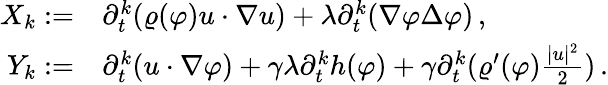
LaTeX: \begin{array}{rl}{X_{k}:=}&{\partial_{t}^{k}(\varrho(\varphi)u\cdot\nabla u)+\lambda\partial_{t}^{k}(\nabla\varphi\Delta\varphi)\, ,}\\ {Y_{k}:=}&{\partial_{t}^{k}(u\cdot\nabla\varphi)+\gamma\lambda\partial_{t}^{k}h(\varphi)+\gamma\partial_{t}^{k}(\varrho^{\prime}(\varphi)\frac{|u|^{2}}{2})\, .}\end{array}